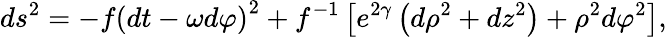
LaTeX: ds^{2}=-f\left(dt-\omega d\varphi\right)^{2}+f^{-1}\left[e^{2\gamma}\left(d\rho^{2}+dz^{2}\right)+\rho^{2}d\varphi^{2}\right],